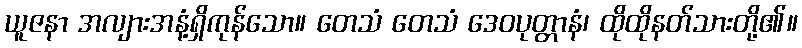
ယူဇနာ အလျားအနံ့ရှိကုန်သော။ တေသံ တေသံ ဒေဝပုတ္တာနံ၊ ထိုထိုနတ်သားတို့၏။